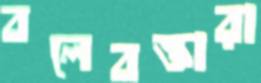
বলেবক্তারা